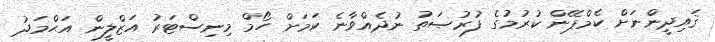
ޤައިދީންނަށް ކެމްޕޭން ކުރުމުގެ ފުރުޞަތު ނުދެއްވާނެ ކަމަށް ހޯމް މިނިސްޓަރު އަޒްލީން އަޙްމަދު